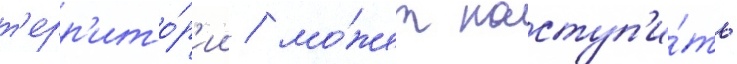
т'ерр'ито́р'ии / мо́жет наступ'и́ть